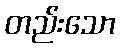
တည်းသော